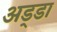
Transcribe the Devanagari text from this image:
अड्‍डा